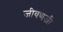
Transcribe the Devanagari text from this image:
जीवणजी